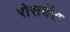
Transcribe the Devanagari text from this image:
रोसबॅश